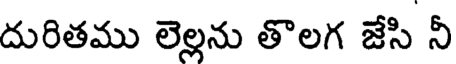
దురితము లెల్లను తొలగ జేసి నీ